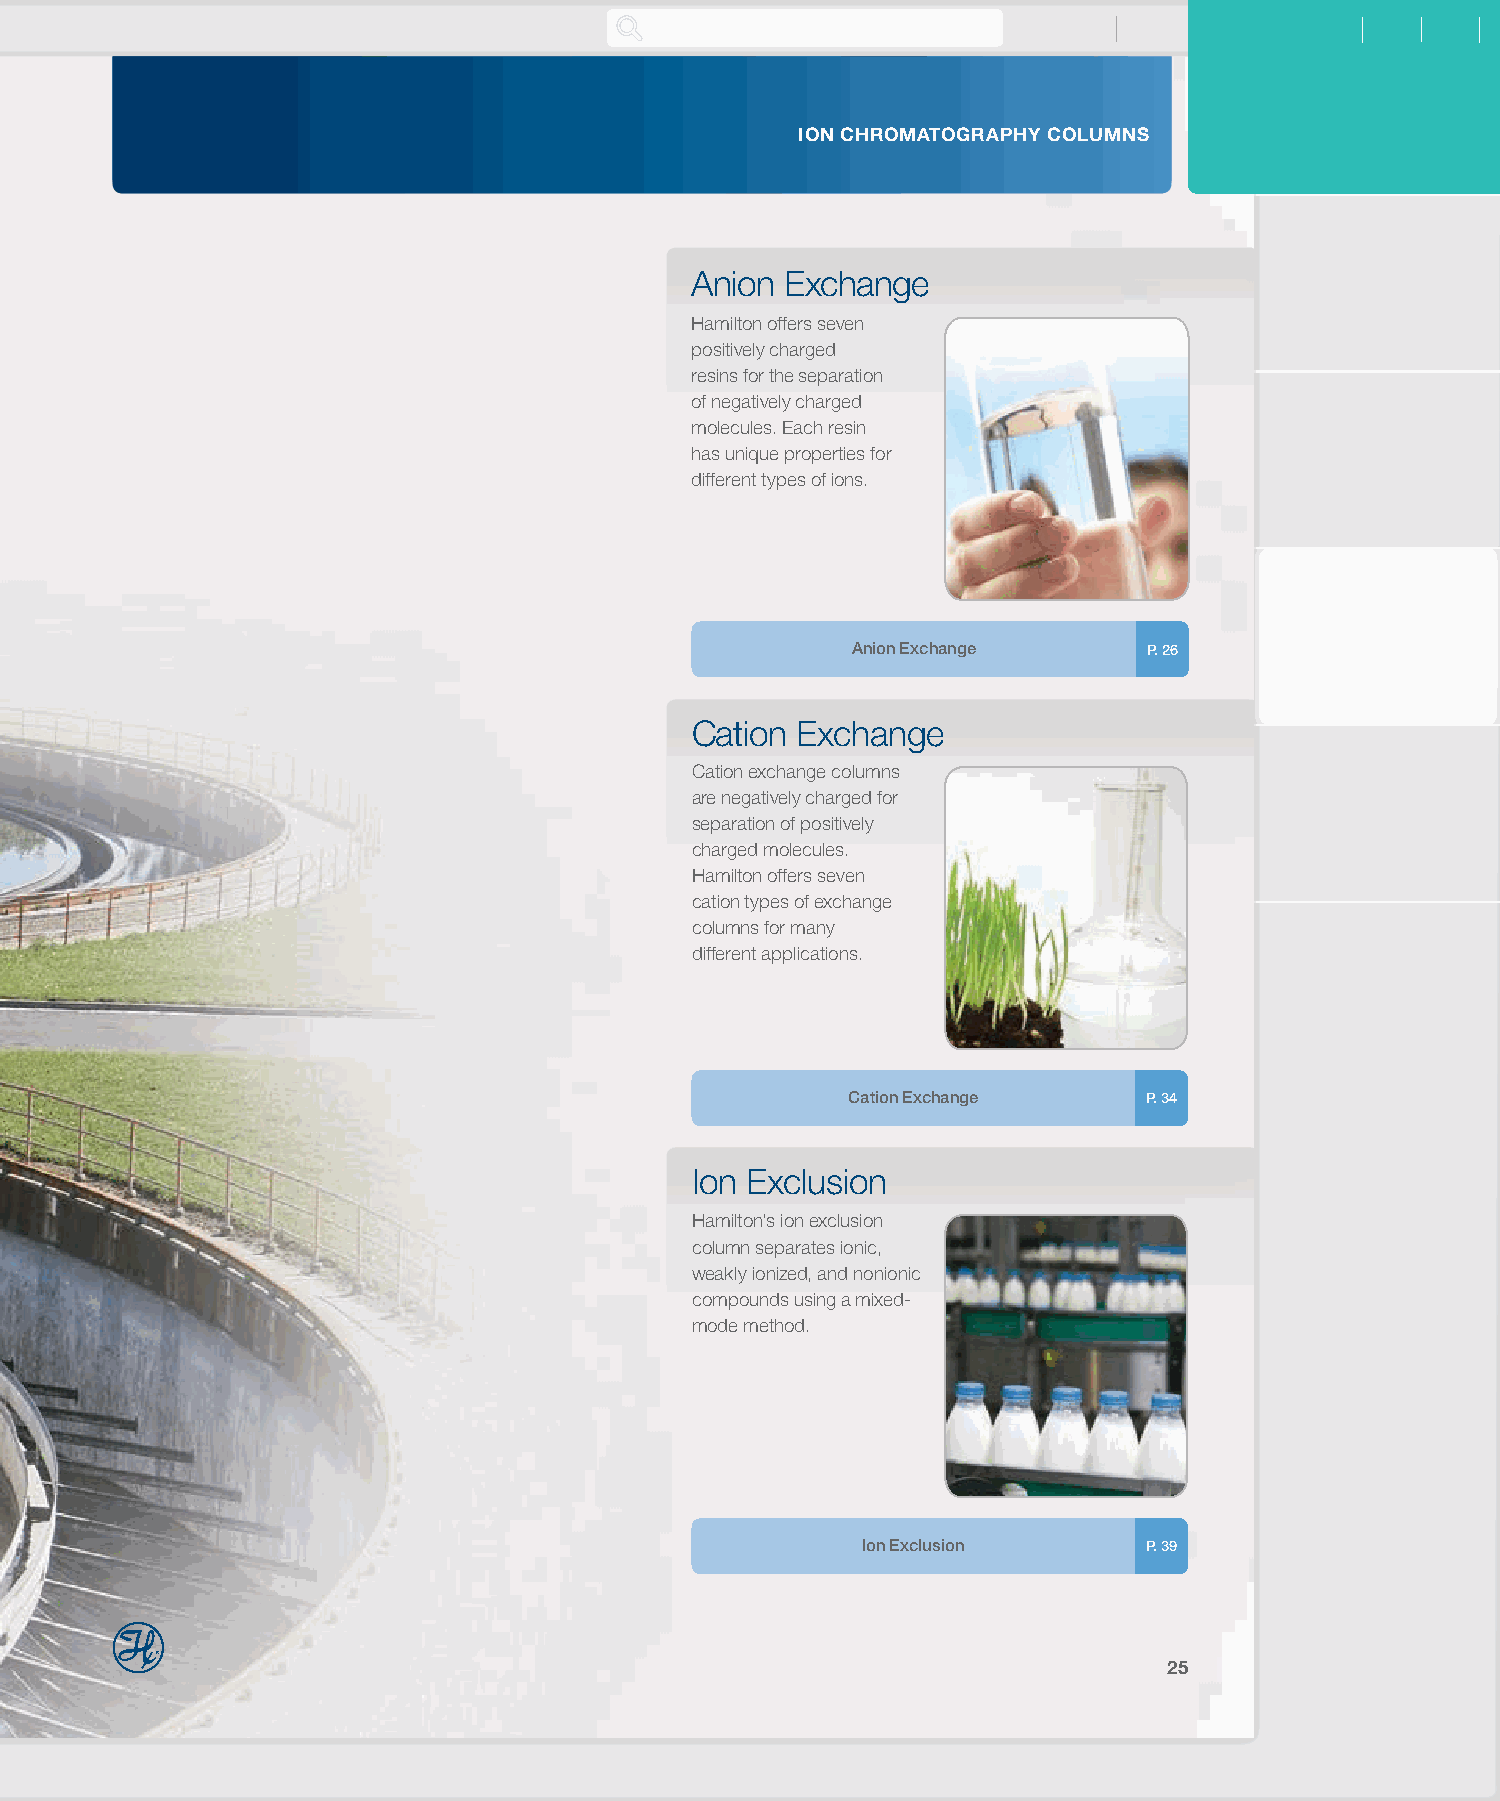
ION CHROMATOGRAPHY COLUMNS
 Anion Exchange
 Hamilton offers seven
 positively charged
 resins for the separation
 of negatively charged
 molecules. Each resin
 has unique properties for
 different types of ions.
 Anion Exchange      P. 26
 Cation Exchange
 Cation exchange columns
 are negatively charged for
 separation of positively
 charged molecules.
 Hamilton offers seven
 cation types of exchange
 columns for many
 different applications.
 Cation Exchange     P. 34
 Ion Exclusion
 Hamilton’s ion exclusion
 column separates ionic,
 weakly ionized, and nonionic
 compounds using a mixed-
 mode method.
 Ion Exclusion      P. 39
 25